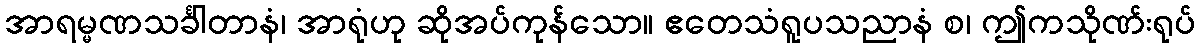
အာရမ္မဏသင်္ခါတာနံ၊ အာရုံဟု ဆိုအပ်ကုန်သော။ ဧတေသံရူပသညာနံ စ၊ ဤကသိုဏ်းရုပ်